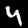
Label: 4